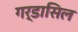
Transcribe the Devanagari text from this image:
गर्डासिल